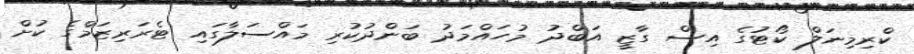
ކްރިމިނަލް ކޯޓުގެ އިސް ގާޒީ އަބްދު މުހައްމަދު ބަންދުކުރި މައްސަލާގައި ޓެރަރިޒަމްގެ ކުށް